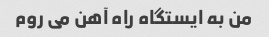
من به ایستگاه راه آهن می روم